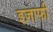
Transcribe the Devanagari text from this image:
इज़ाफी